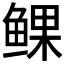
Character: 𫚝